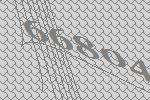
66804